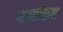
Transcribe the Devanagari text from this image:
वाणीरूप